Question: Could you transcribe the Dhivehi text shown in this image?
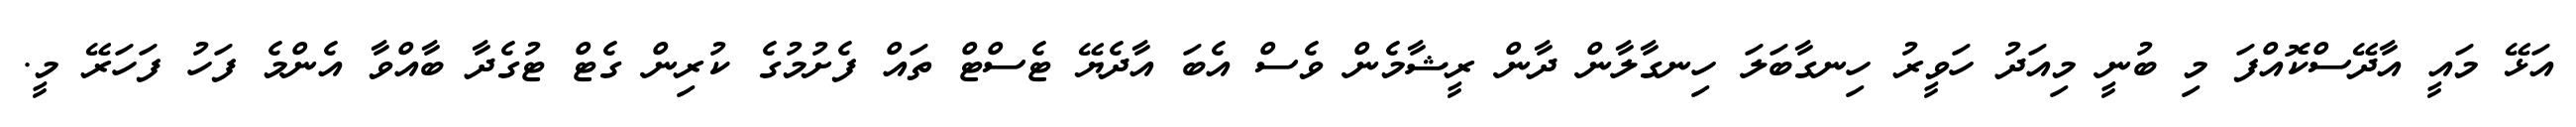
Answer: އަޅޭ މައީ އާދޭސްކޮއްފަ މި ބުނީ މިއަދު ހަވީރު ހިނގާބަލަ ހިނގާލާން ދާން ރީޝާމެން ވެސް އެބަ އާދެޔޭ ޓެސްޓް ތައް ފެށުމުގެ ކުރިން ގެޓް ޓުގެދާ ބާއްވާ އެންމެ ފަހު ފަހަރޭ މީ.